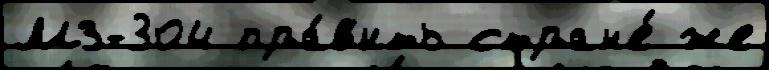
МЗ-304 пра́в'ить стран'е́ же